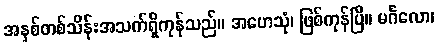
အနှစ်တစ်သိန်းအသက်ရှိကုန်သည်။ အဟေသုံ၊ ဖြစ်ကုန်ပြီ။ မင်္ဂလော၊